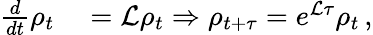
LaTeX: \begin{array}{rl}{\frac{d}{dt}\rho_{t}}&{{}=\mathcal{L}\rho_{t}\Rightarrow\rho_{t+\tau}=e^{\mathcal{L}\tau}\rho_{t}\, ,}\end{array}